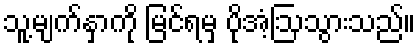
သူ့မျက်နှာကို မြင်ရမှ ပိုအံ့ဩသွားသည်။